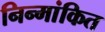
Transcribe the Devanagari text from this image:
निन्मांकित